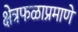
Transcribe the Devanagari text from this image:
क्षेत्रफळाप्रमाणे